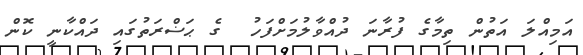
އަމިއްލަ އަތުން ތިމާގެ ފުރާނަ ދުއްވާލުމަށްފަހު  ގެ ޙަޟްރަތުގައި ދައްކާނީ ކޮން